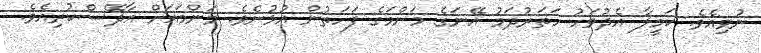
ނުވިއެވެ. ކަމީލާ އެދުވަހު ހަތަރުދަމު އޭނަގެ މަންމަގެ ފަހަތުން އުޅުނެވެ. މަންމައަށް އާދޭސްކުރިއެވެ.